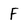
Character: F